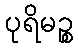
ပုရိမဉ္စ